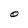
Character: O